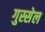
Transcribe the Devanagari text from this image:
गुस्सेल